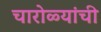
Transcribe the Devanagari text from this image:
चारोळ्यांची